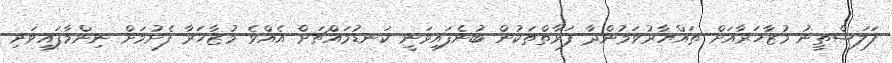
ފަލަސްތީނު މުޒާހަރާއަށް ތައްޔާރުވަމުންދާ ފަރާތްތަކުން ބުނެފައިވަނީ ކަނޑުމައްޗަށް އެއްވެ މުޒާހަރާ ފެށުމަށް ނިންމާފައިވަނި